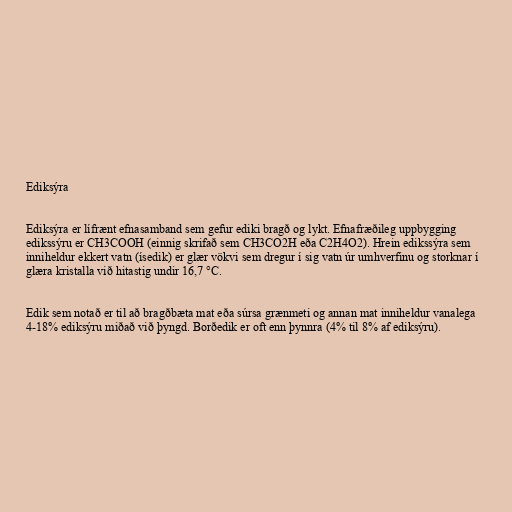
Ediksýra

Ediksýra er lífrænt efnasamband sem gefur ediki bragð og lykt. Efnafræðileg uppbygging
edikssýru er CH3COOH (einnig skrifað sem CH3CO2H eða C2H4O2). Hrein edikssýra sem
inniheldur ekkert vatn (ísedik) er glær vökvi sem dregur í sig vatn úr umhverfinu og storknar í
glæra kristalla við hitastig undir 16,7 °C.

Edik sem notað er til að bragðbæta mat eða súrsa grænmeti og annan mat inniheldur vanalega
4-18% ediksýru miðað við þyngd. Borðedik er oft enn þynnra (4% til 8% af ediksýru).